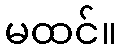
မထင်။